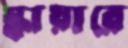
স্কায়ারে